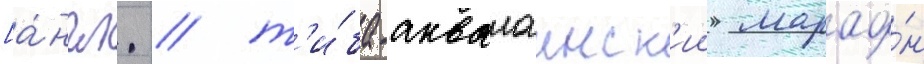
[а́нгл. / т'и́ба-аквалаинск'ии марафо́н